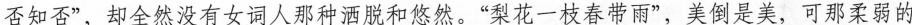
否知否”，却全然没有女词人那种洒脱和悠然。”梨花一枝春带雨”，关倒是美，可那柔弱的